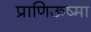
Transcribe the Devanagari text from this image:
प्राणिऊष्मा